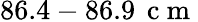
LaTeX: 86.4-86.9\, \mathrm{~c~m~}